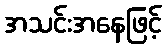
အသင်းအနေဖြင့်